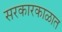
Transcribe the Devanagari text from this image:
सरकारकाळात